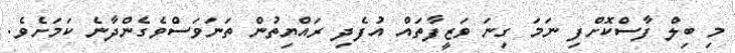
މި ބިލް ފާސްކޮށްފި ނަމަ ގިނަ ވަޒީފާތައް އުފެދި ރައްޔިތުން ތަނަވަސްވެެގެންދާނެ ކަމަށެވެ.